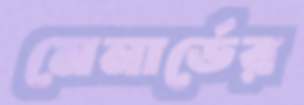
মেনার্ডের